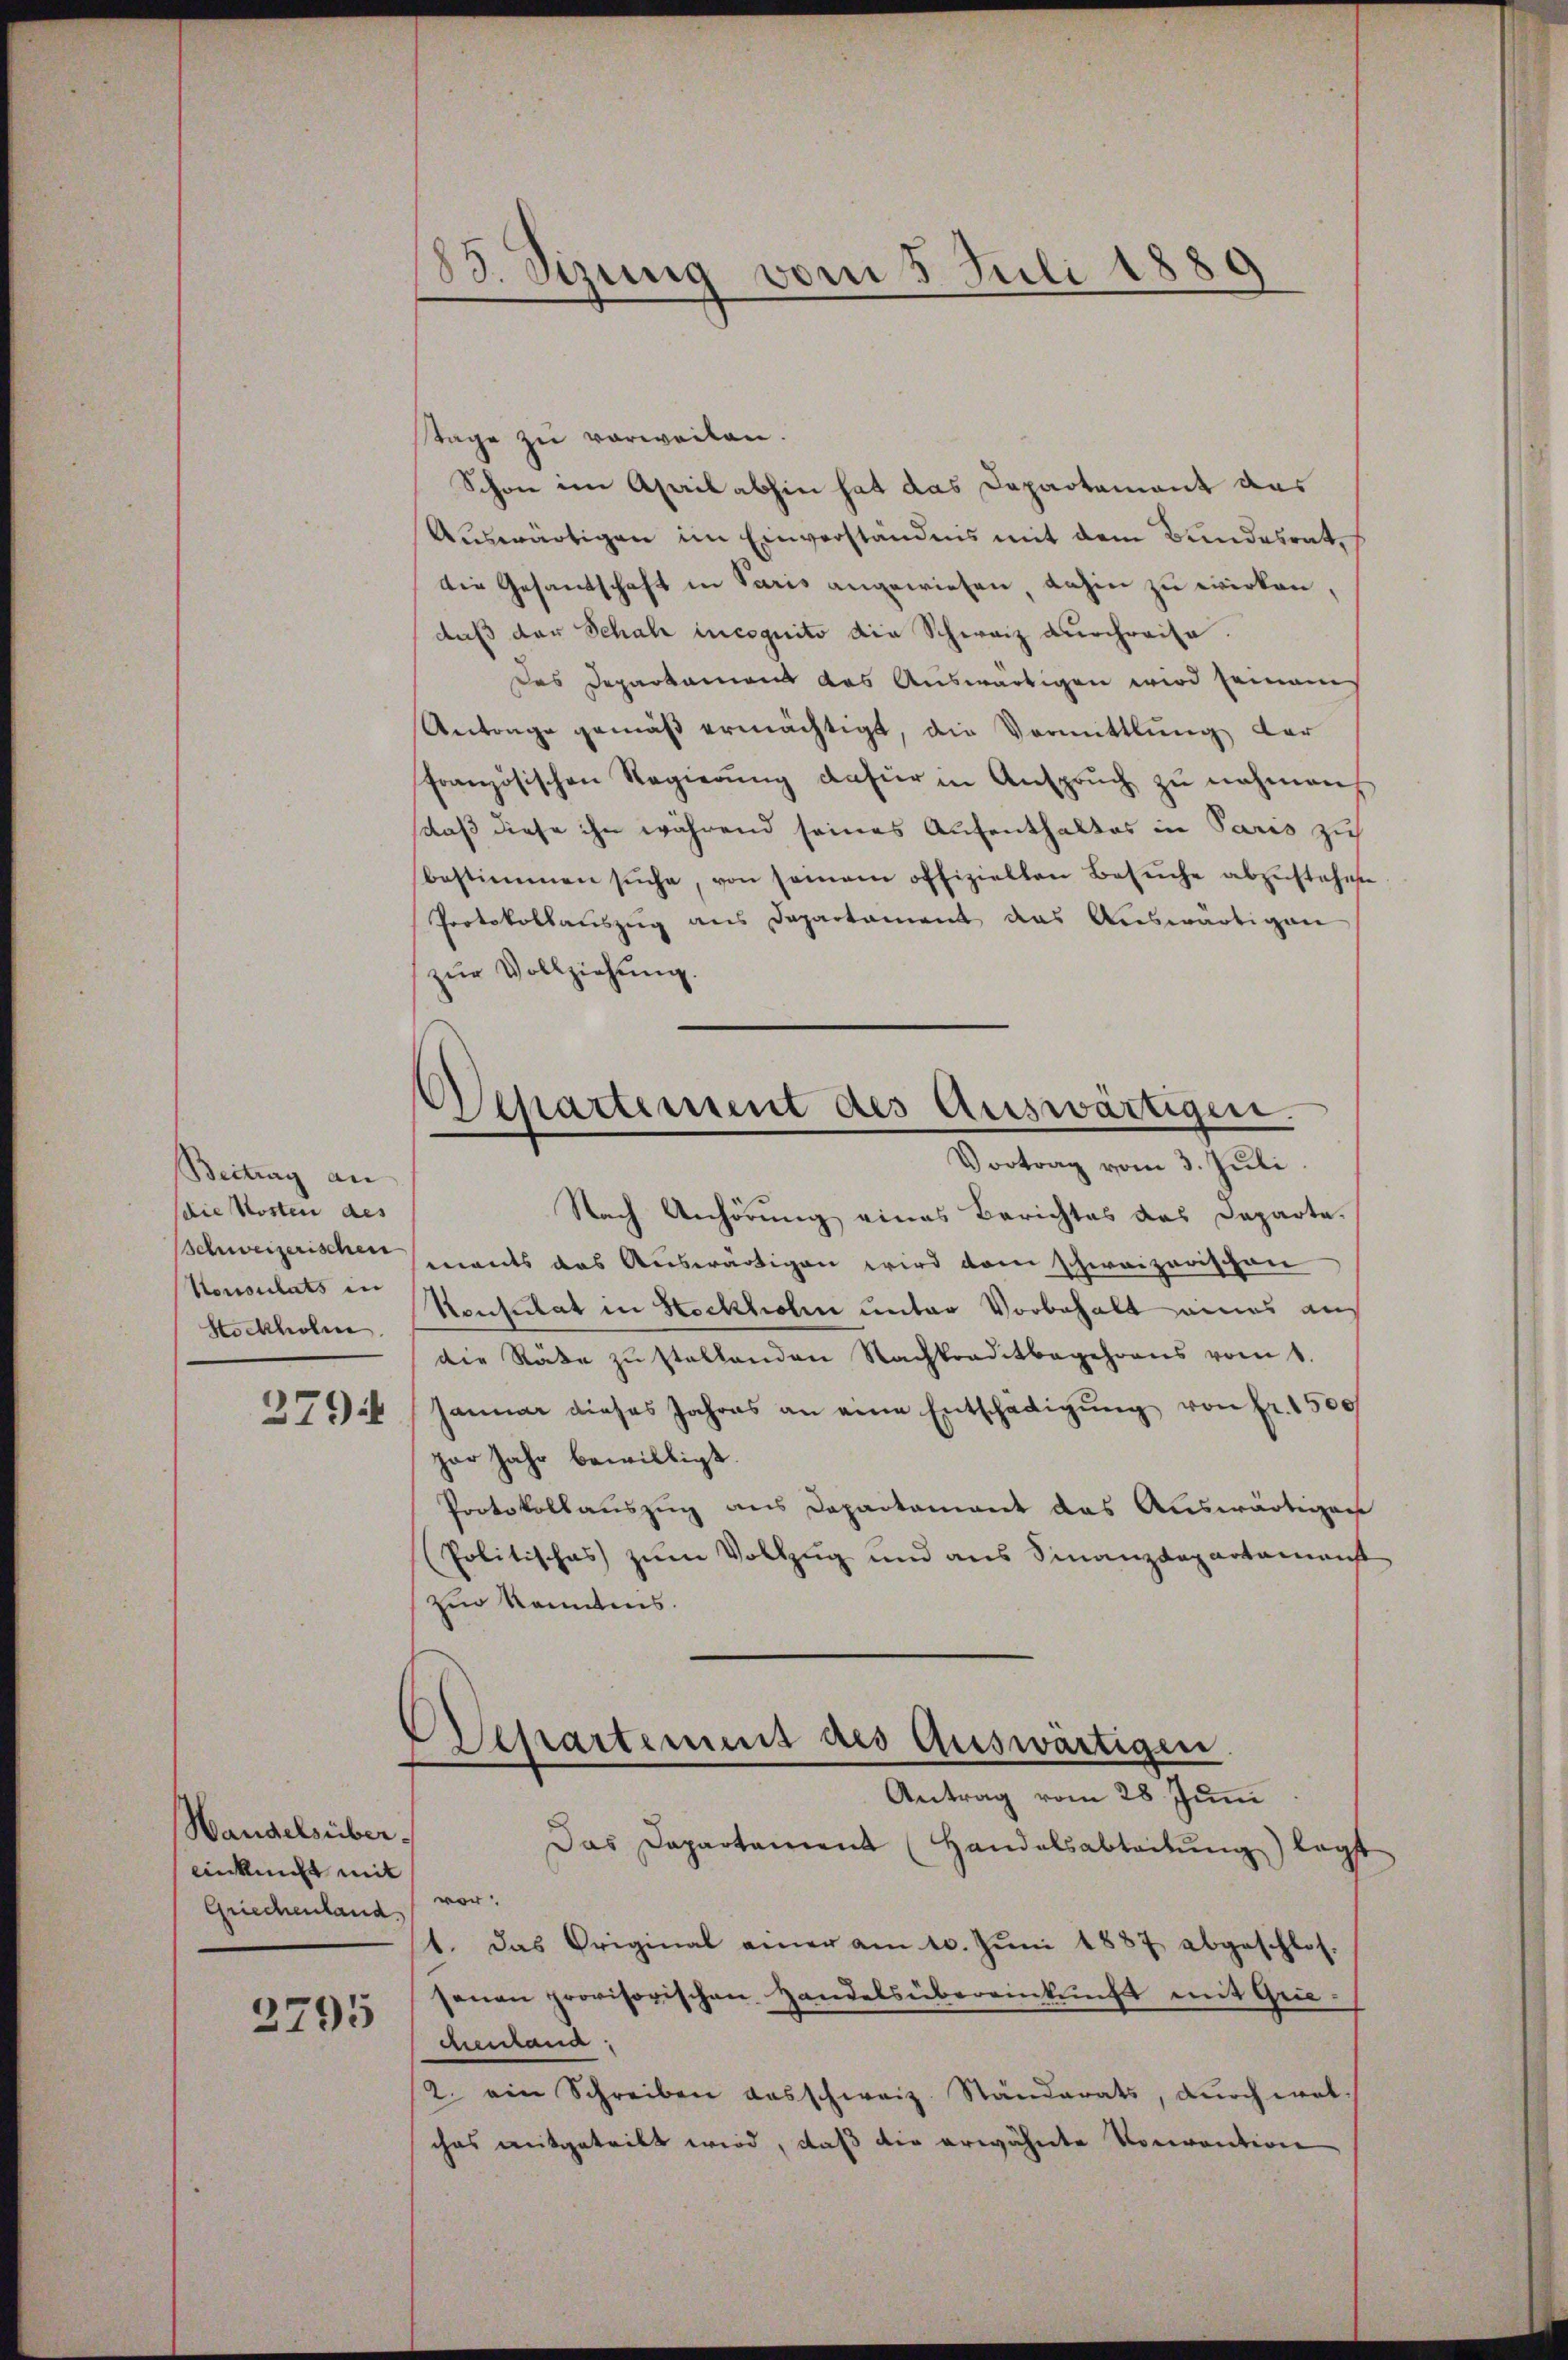
Beitrag an
(die Kosten des
Konsulats in
Stockholen.
2794

Handelsüber¬
Ankunft mit
Griechenland
2795

183. Sizung vom 5. Juli 1889

Tage zu verweilen.
Schon im April abhin hat das Dapartement das
Auswärtigen im Einverständnis mit dem Bundesrat,
Die Gesandschaft in Paris angewiesen, dahin zu wirken,
daß der Schal incognito die Schweiz durchreise.
Das Departamens das Auswärtigen wird seinem
Antrage gemäß ermächtigt, die Vormittlung der
französischen Regierŭng dafür in Ansprŭch zŭ nehmen
daß diese ihn während seines Aufenthaltes in Paris zu
bestimmen sŭche, von seinem offiziellen Besŭche abzustehen
Protokollauszug aus Departament das Auswärtigen
zŭr Vollziehung.

Oschartement des Auswärtigen.
Vortrag vom 3. Juli.

Nach Anhörung eines Berichtes das Departe.
Schweizerischen ments das Auswärtigen wird dem schweizerischen
Konsulat in Hockhohn unter Vorbehalt eines aus
die Räte zŭ stellenden Nachtraditbegehrens vom 1.
Januar dieses Jahres an eine Entschädigŭng von fr. 1500
par Jahr bewilligt.
Protokollauszug aus Departement das Auswärtigen
(Politisches zum Vollzug und aus Finanzdepartamenst
zur kanntnis.
Asepartement des Auswärtigen.
Antrag vom 28. Juni
Das Departament (Handelsabteitŭng legt
vor
1. Das Original einer am 10. Jŭni 1887 abgeschlos-
senen provisorischen Handelsübereinkunft mit Grie-
chentana
2. ein Schreiben ausschweiz. Ständerats, dŭrch wol-
ches mitgeteilt wird, daß die erwähnte Vorention